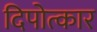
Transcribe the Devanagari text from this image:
दिपोत्कार